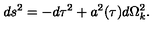
d s ^ { 2 } = - d \tau ^ { 2 } + a ^ { 2 } ( \tau ) d \Omega _ { k } ^ { 2 } .